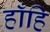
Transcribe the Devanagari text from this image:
हाँहि